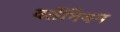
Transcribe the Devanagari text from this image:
वर्तेनियन